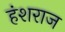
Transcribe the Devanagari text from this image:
हंशराज